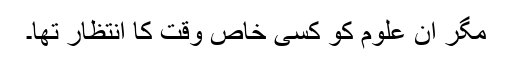
مگر ان علوم کو کسی خاص وقت کا انتظار تھا۔